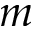
m